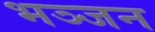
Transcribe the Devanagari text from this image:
भञ्जन